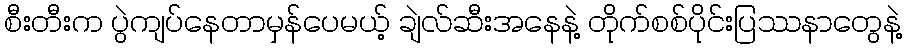
စီးတီးက ပွဲကျပ်နေတာမှန်ပေမယ့် ချဲလ်ဆီးအနေနဲ့ တိုက်စစ်ပိုင်းပြဿနာတွေနဲ့